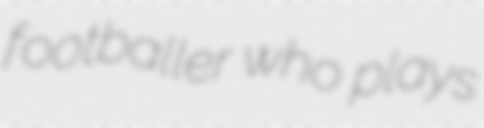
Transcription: footballer who plays